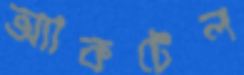
অ্যাকটেল